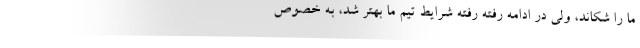
ما را شکاند، ولی در ادامه رفته رفته شرایط تیم ما بهتر شد، به خصوص